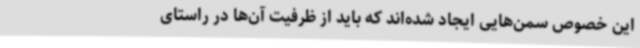
این خصوص سمن‌هایی ایجاد شده‌اند که باید از ظرفیت آن‌ها در راستای